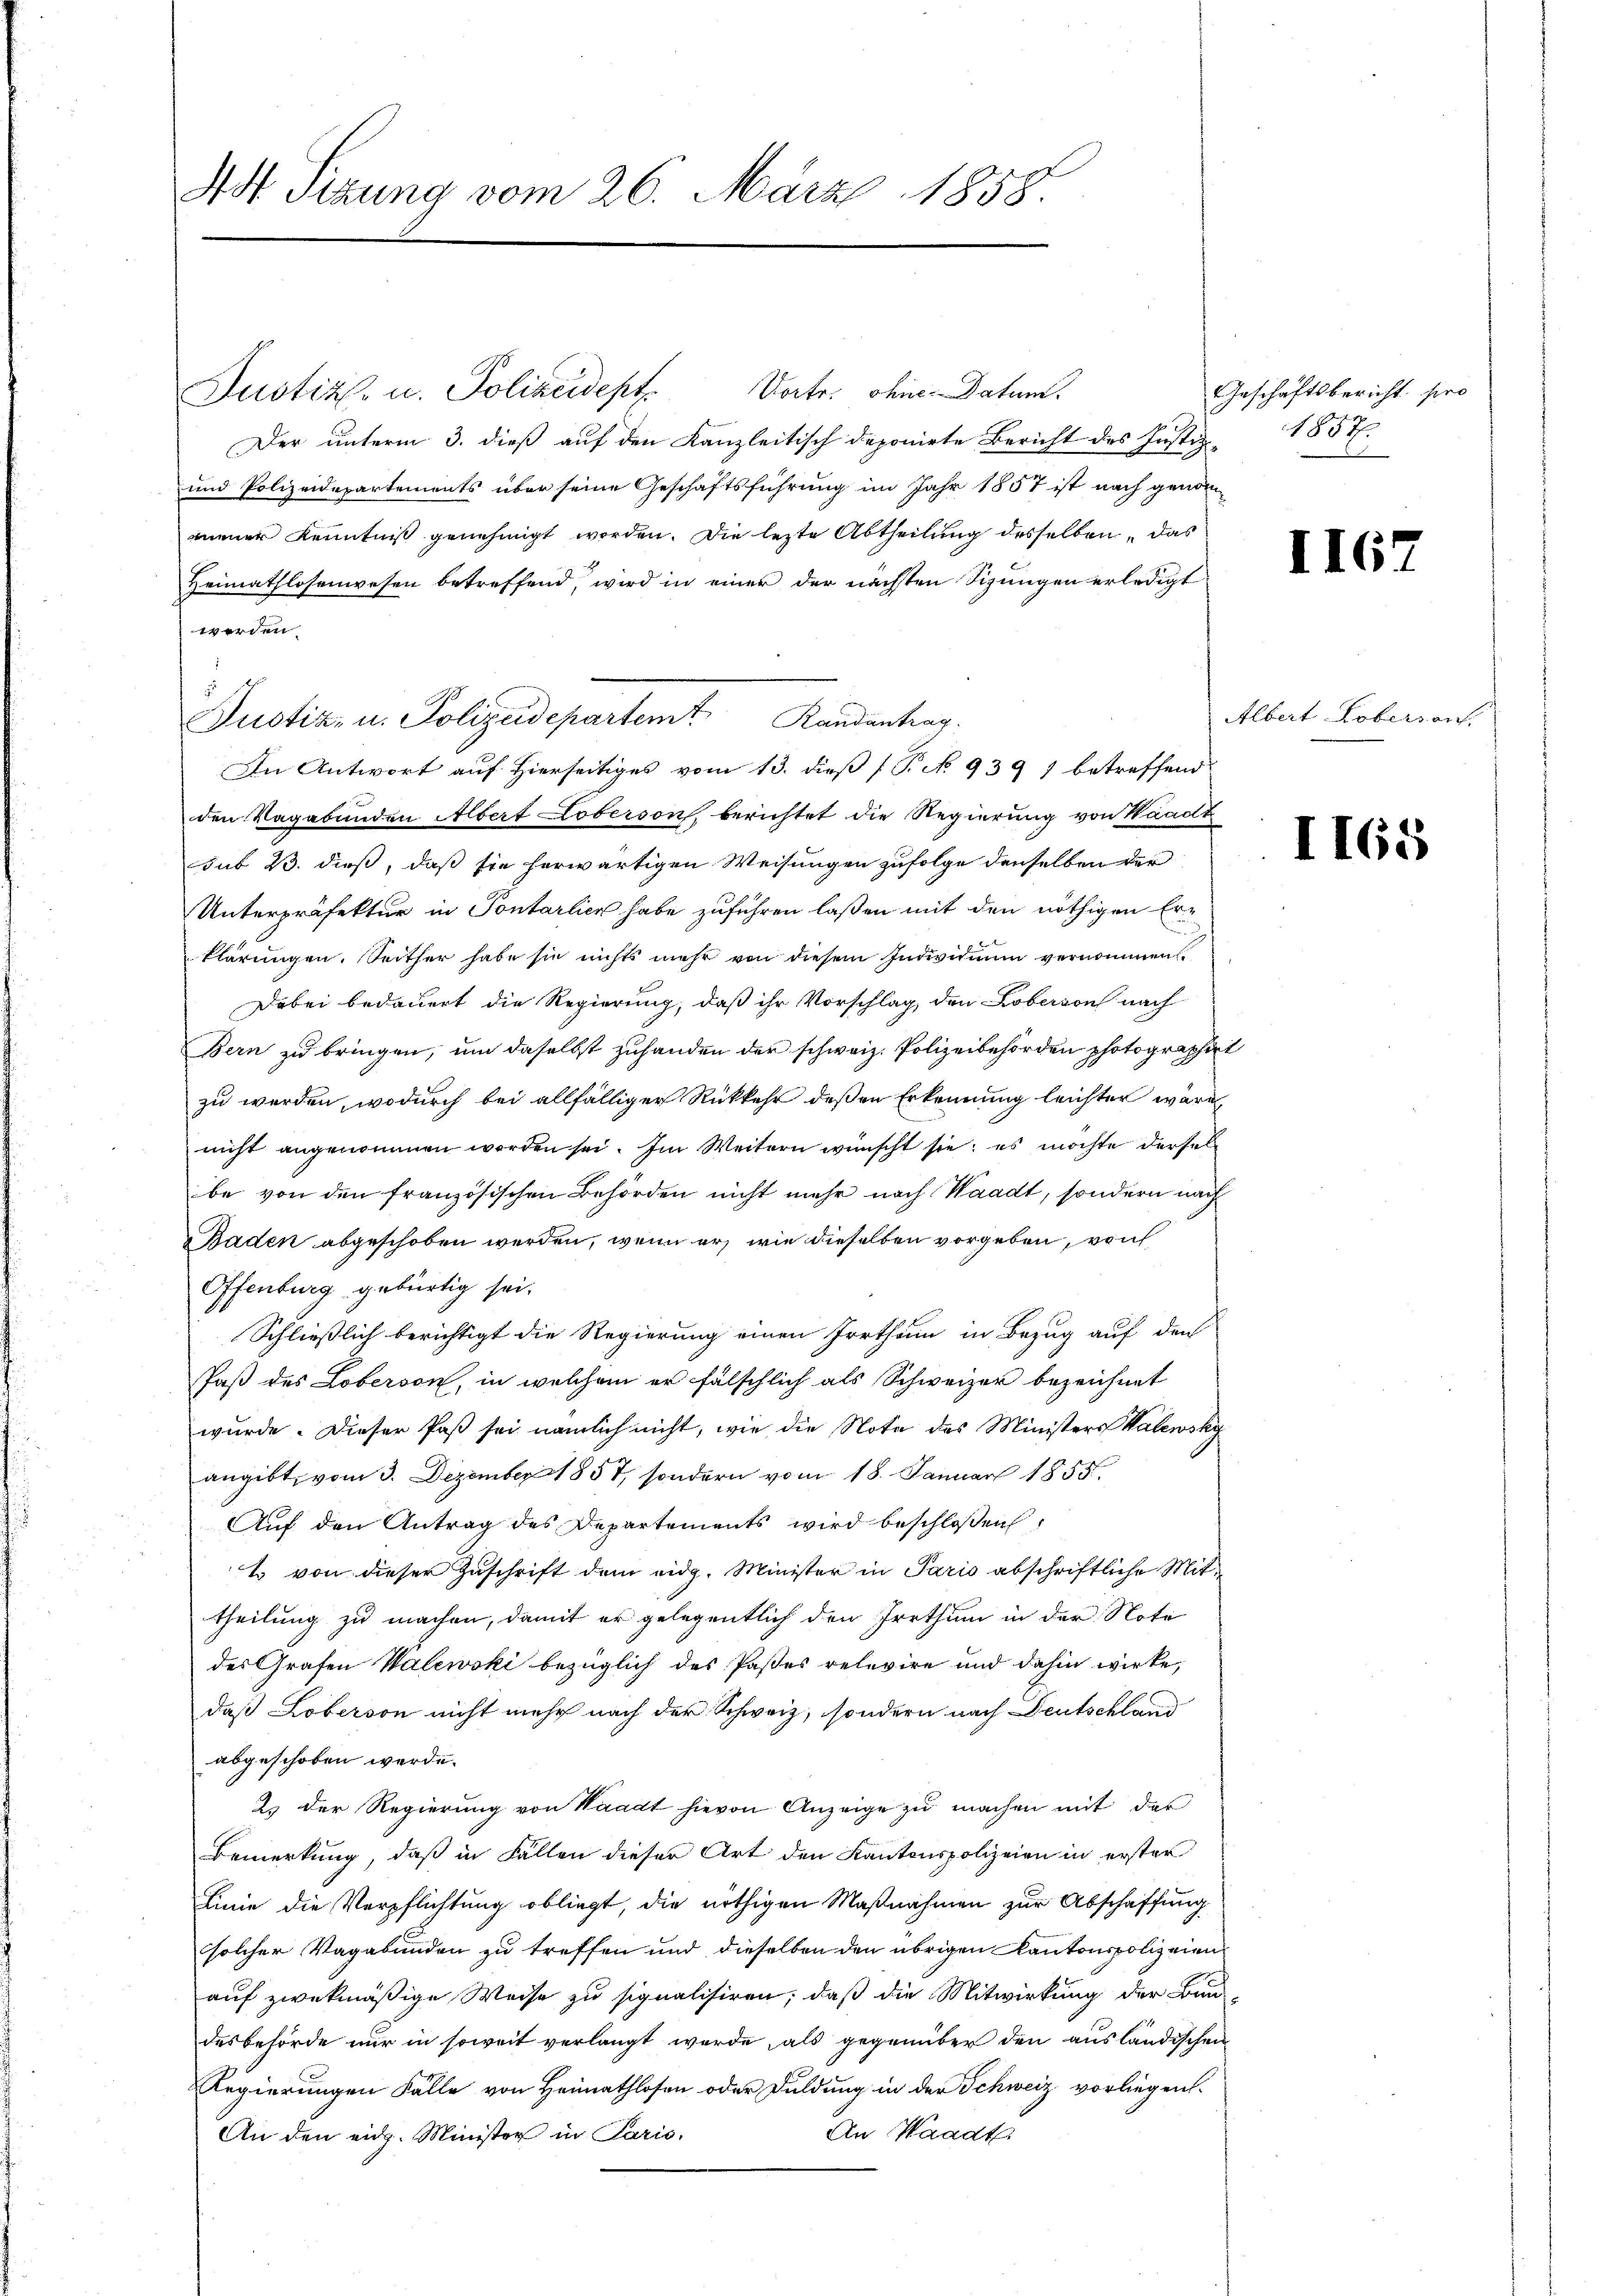
Not. Sizung vom 26. März 1858.

Justiz- u. Polizeidept
Vortr. ohne Datum.
Der unterm 3. dieß auf den Kanzleitisch deponirte Bericht des Justiz-
und Polizeidepartements über seine Geschäftsführung im Jahr 1857 ist nach genommener Kenntniß genehmigt worden. Die lezte Abtheilung desselben, das
Heimathlosenwesen betreffend, wird in einer der nächsten Sizungen erledigt
werden.
den Vagabunden Albert Loberson, berichtet die Regierung von Waadt
sub 23. dieß, daß sie herwärtigen Weisungen zufolge denselben der
Unterpräfektur in Pontarlier habe zuführen laßen mit den nöthigen Erklärungen. Seither habe sie nichts mehr von diesem Individuum vernommen.
Dabei bedauert die Regierung, daß ihr Vorschlag, den Loberson nach
Bern zu bringen, um daselbst zuhanden der schweiz. Polizeibehörden photographirzu werden, wodurch bei allfälliger Rückkehr deßen Erkennung leichter wäre
nicht angenommen worden sei. Im Weitern wünscht sie es möchte dersel
be von den französischen Behörden nicht mehr nach Waadt, sondern nach
Baden abgeschoben werden, wenn er, wie dieselben vorgeben, von
Offenburg gebürtig sei.
Schließlich berichtigt die Regierung einen Irrthum in Bezug auf den
Jaß des Loberson, in welchem er fälschlich als Schweizer bezeichnet
wurde. Dieser Paß sei nämlich nicht, wie die Note des Ministers Valewsky
angibt, vom 3. Dezember 1857, sondern vom 18. Januar 1855.
Auf den Antrag des Departements wird beschloßen:
t von dieser Zuschrift dem eidg. Minister in Paris abschriftliche Mittheilung zu machen, damit er gelegentlich den Irrthum in der Note
des Grafen Walewski bezüglich des Paßes relevire und dahin wirke,
daß Loberson nicht mehr nach der Schweiz, sondern nach Deutschland
abgeschoben werde.
2. der Regierung von Waadt hievon Anzeige zu machen mit der
Bemerkung, daß in Fällen dieser Art den Kantonspolizeien in erster
Linie die Verpflichtung obliegt, die nöthigen Maßnahmen zur Abschaffung
solcher Vagabunden zu treffen und dieselben den übrigen Kantonspolizeien
auf zwekmäßige Weise zu signalisiren; daß die Mitwirkung der Bun-
desbehörde nur in soweit verlangt werde, als gegenüber den ausländischen
Regierungen Fälle von Heimathlosen oder Duldung in der Schweiz vorliegen-
An Waadt
An den eidg. Minister in Paris,

s
Justiz- u. Polizeidepartemt Randantrag
In Antwort auf Hierseitiges vom 13. dieß (S. No. 939 7 betreffend

Geschäftsbericht sei
1857.
d

II62

Albert Robers an.

2

I165